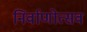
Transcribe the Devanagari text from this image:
निर्वाणोत्सव